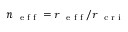
n _ { \mathrm { ~ \scriptsize ~ e ~ f ~ f ~ } } = r _ { \mathrm { ~ \scriptsize ~ e ~ f ~ f ~ } } / r _ { \mathrm { ~ \scriptsize ~ c ~ r ~ i ~ } }